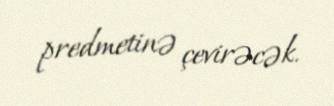
predmetinə çevirəcək.